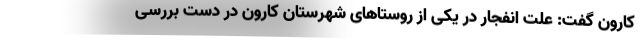
کارون گفت: علت انفجار در یکی از روستاهای شهرستان کارون در دست بررسی